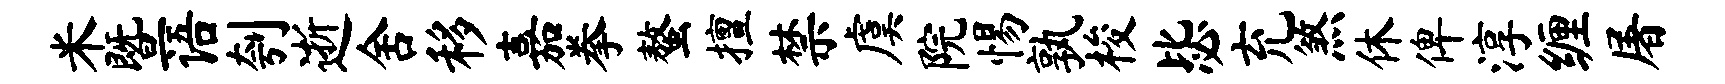
米暨语刳逝舍移嘉拳螯擅禁虞院惕孰梭毖充煞休俾淳缠屠